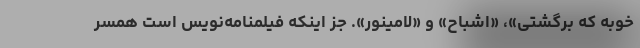
خوبه که برگشتی»، «اشباح» و «لامینور». جز اینکه فیلمنامه‌نویس است همسر